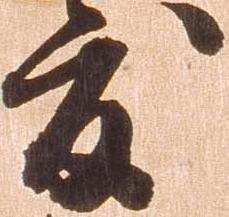
度